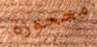
محجوزة